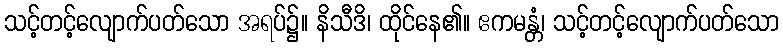
သင့်တင့်လျောက်ပတ်သော အရပ်၌။ နိသီဒိ၊ ထိုင်နေ၏။ ဧကမန္တံ၊ သင့်တင့်လျောက်ပတ်သော